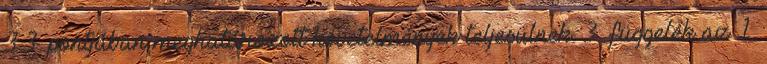
3.3. pontjában meghatározott követelmények teljesülnek. 3. függelék az 1.